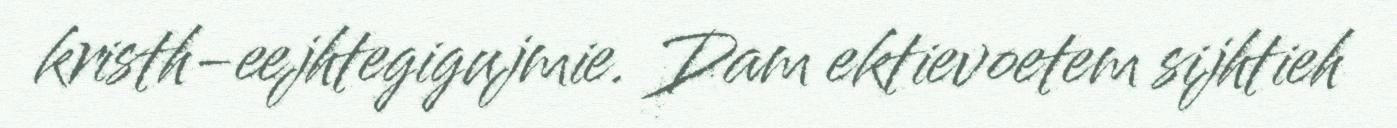
kristh-eejhtegigujmie. Dam ektievoetem sijhtieh